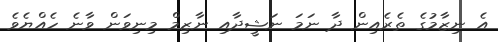
އެ ނިޒާމުގެ ތެރެއިން ދާ ނަމަ ނަޝީދާއި ނާޒިމް މިނިވަން ވާނެ ހެއްޔެވެ